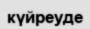
күйреуде